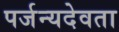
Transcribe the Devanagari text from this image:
पर्जन्यदेवता